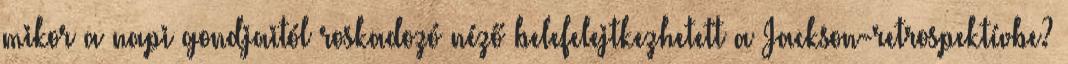
mikor a napi gondjaitól roskadozó néző belefelejtkezhetett a Jackson-retrospektívbe?